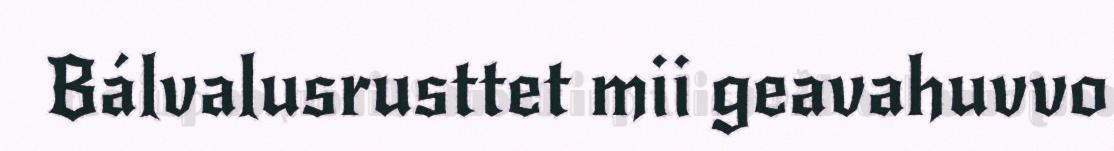
Bálvalusrusttet mii geavahuvvo